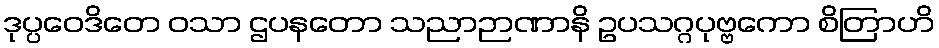
ဒုပ္ပဝေဒိတေ ဝသာ ဌပနတော သညာဉာဏာနိ ဥပသဂ္ဂပုဗ္ဗကော စိတြာဟိ